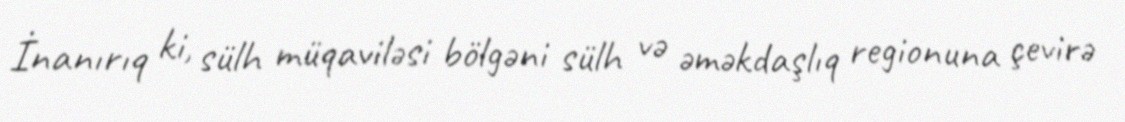
İnanırıq ki, sülh müqaviləsi bölgəni sülh və əməkdaşlıq regionuna çevirə